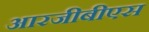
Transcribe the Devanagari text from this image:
आरजीबीएस